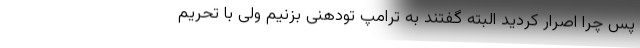
پس چرا اصرار کردید البته گفتند به ترامپ تودهنی بزنیم ولی با تحریم